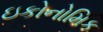
ઇકોનોમિક